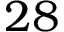
2 8